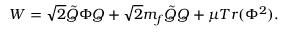
W = \sqrt { 2 } \tilde { Q } \Phi Q + \sqrt { 2 } m _ { f } \tilde { Q } Q + \mu T r ( \Phi ^ { 2 } ) .